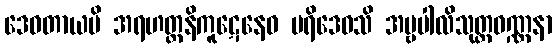
ဒေဝတာယပိ အရဟတ္တနိကူဋေနေဝ ပရိဒေဝသိ အမ္ဗပါလိသုတ္တဝဏ္ဏနာ